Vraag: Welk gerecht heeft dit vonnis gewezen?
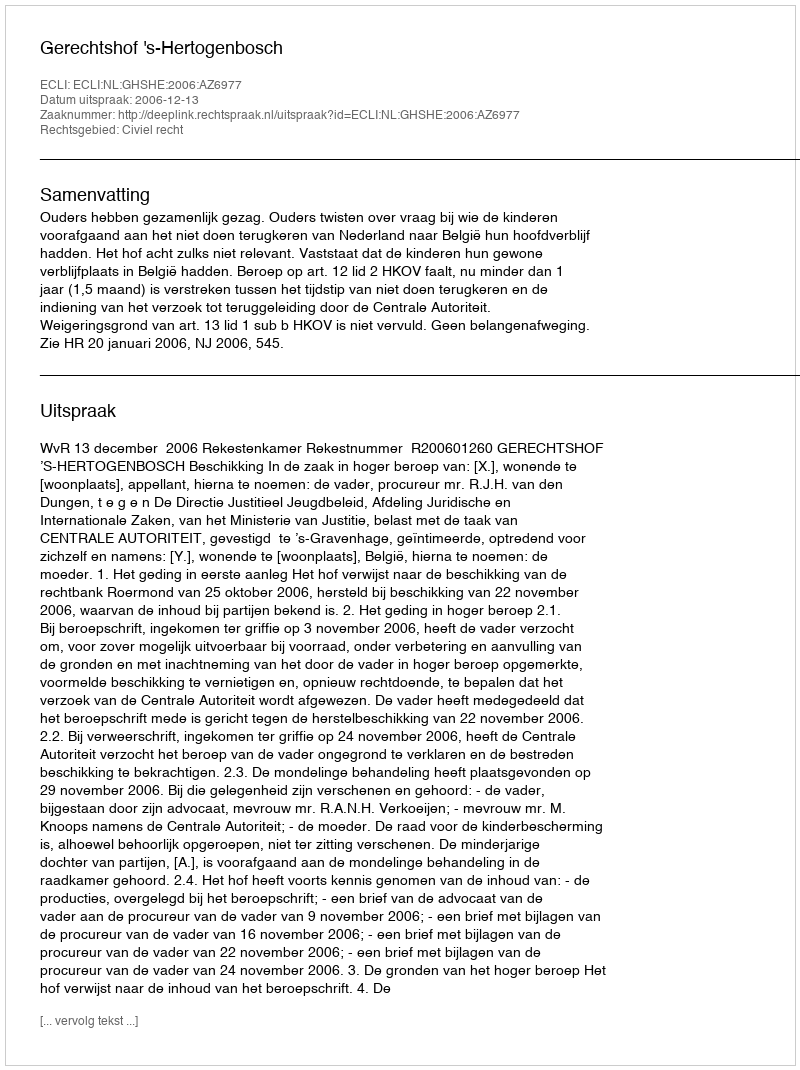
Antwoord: Gerechtshof 's-Hertogenbosch